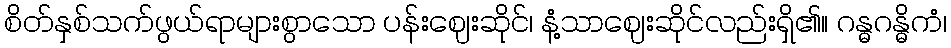
စိတ်နှစ်သက်ဖွယ်ရာများစွာသော ပန်းဈေးဆိုင်၊ နံ့သာဈေးဆိုင်လည်းရှိ၏။ ဂန္ဓဂန္ဓိကံ၊